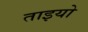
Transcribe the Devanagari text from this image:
ताइयो